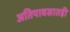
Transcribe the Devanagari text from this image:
अतिपावसातही